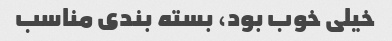
خیلی خوب بود، بسته بندی مناسب